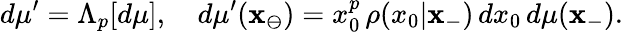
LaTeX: d\mu^{\prime}=\Lambda_{p}[d\mu],\quad d\mu^{\prime}(\mathbf{x}_{\ominus})=x_{0}^{p}\, \rho(x_{0}|\mathbf{x}_{-})\, dx_{0}\, d\mu(\mathbf{x}_{-}).